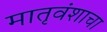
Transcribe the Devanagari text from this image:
मातृवंशाचा